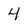
Character: 4